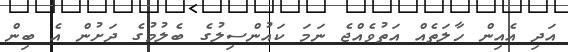
އަދި އެއިން ހާލަތެއް އަތުވެއްޖެ ނަމަ ކައުންސިލުގެ ބެލުމުގެ ދަށުން އެ ބިން